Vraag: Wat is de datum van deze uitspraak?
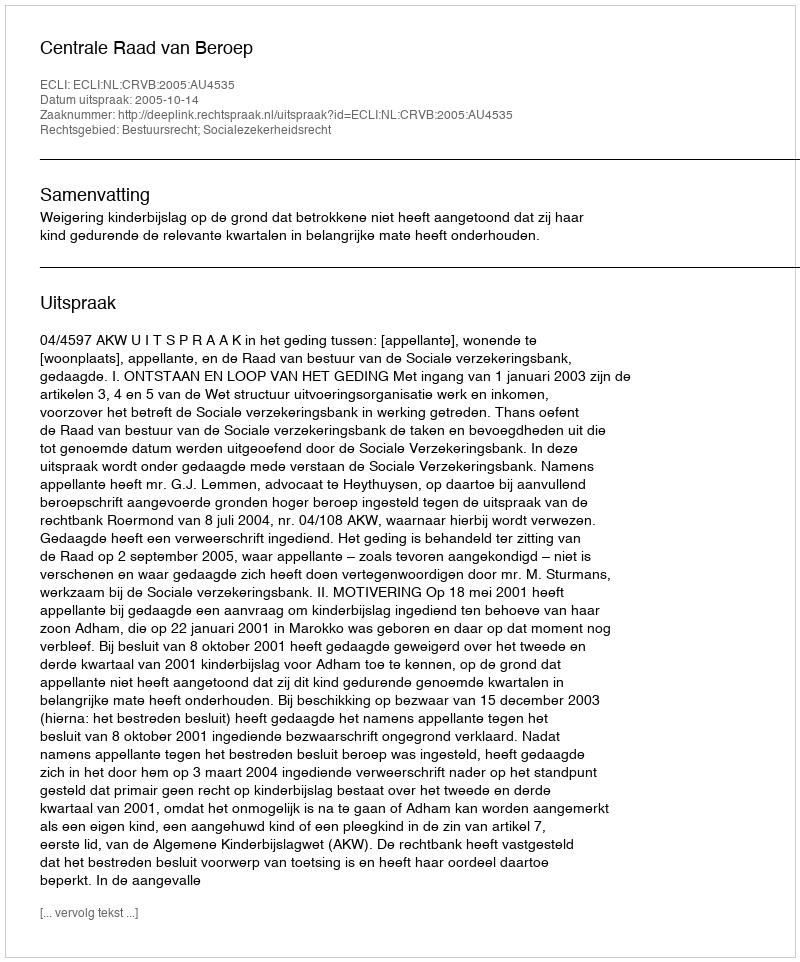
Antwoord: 2005-10-14